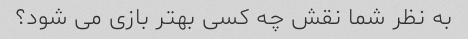
به نظر شما نقش چه کسی بهتر بازی می شود؟